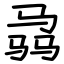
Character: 骉